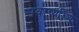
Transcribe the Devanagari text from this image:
सवाष्णीने